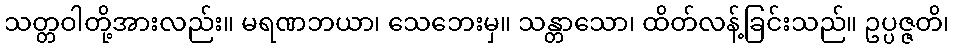
သတ္တဝါတို့အားလည်း။ မရဏဘယာ၊ သေဘေးမှ။ သန္တာသော၊ ထိတ်လန့်ခြင်းသည်။ ဥပ္ပဇ္ဇတိ၊